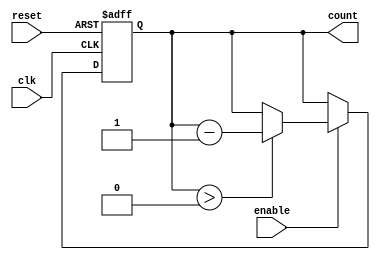
module DownCounterWithEnable #(
    parameter N = 8  // Specify the maximum value of the counter
)(
    input wire clk,      // Clock signal
    input wire enable,   // Enable signal
    input wire reset,    // Asynchronous reset signal
    output reg [N-1:0] count  // Current count value
);

// Asynchronous reset and synchronous counting with enable
always @(posedge clk or posedge reset) begin
    if (reset) begin
        count <= N;  // Set counter to maximum value (N) on reset
    end else if (enable) begin
        if (count > 0) begin
            count <= count - 1;  // Decrement counter if enabled and count > 0
        end
    end
end

endmodule